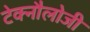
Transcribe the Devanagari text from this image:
टेक्नौलोजी